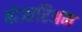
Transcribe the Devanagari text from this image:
बोआरिअम